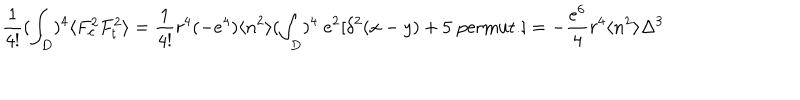
LaTeX: \frac { 1 } { 4 ! } ( \int _ { D } ) ^ { 4 } \langle F _ { c } ^ { 2 } F _ { t } ^ { 2 } \rangle = \frac { 1 } { 4 ! } r ^ { 4 } ( - e ^ { 4 } ) \langle n ^ { 2 } \rangle ( \int _ { D } ) ^ { 4 } \; e ^ { 2 } [ \delta ^ { 2 } ( x - y ) + 5 \; \mathrm { p e r m u t . } ] = - \frac { e ^ { 6 } } { 4 } r ^ { 4 } \langle n ^ { 2 } \rangle \Delta ^ { 3 }